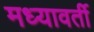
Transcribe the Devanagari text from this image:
मध्यावर्ती